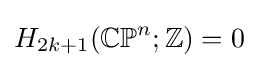
{H_{2k+1}}(\mathbb {CP} ^{n};\mathbb {Z} )=0